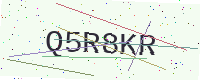
Text: Q5R8KR